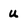
Character: u